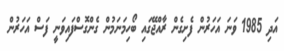
އަދި 1985 ވަނަ އަހަރުން ފެށިގެން ރާއްޖޭގައި ބޯހިމަނަމުން ގެންގޮސްފައިވަނީ ފަސް އަހަރުން